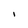
Character: I